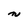
Character: m